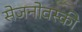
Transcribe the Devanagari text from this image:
सेजनोवस्की